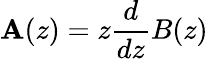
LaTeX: \mathbf{A}(z)=z{\frac{{d}}{{dz}}}B(z)